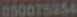
050078954